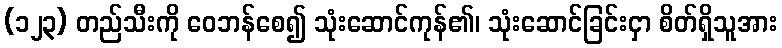
(၁၂၃) တည်သီးကို ဝေဘန်စေ၍ သုံးဆောင်ကုန်၏၊ သုံးဆောင်ခြင်းငှာ စိတ်ရှိသူအား